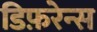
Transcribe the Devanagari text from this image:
डिफ़रेन्स